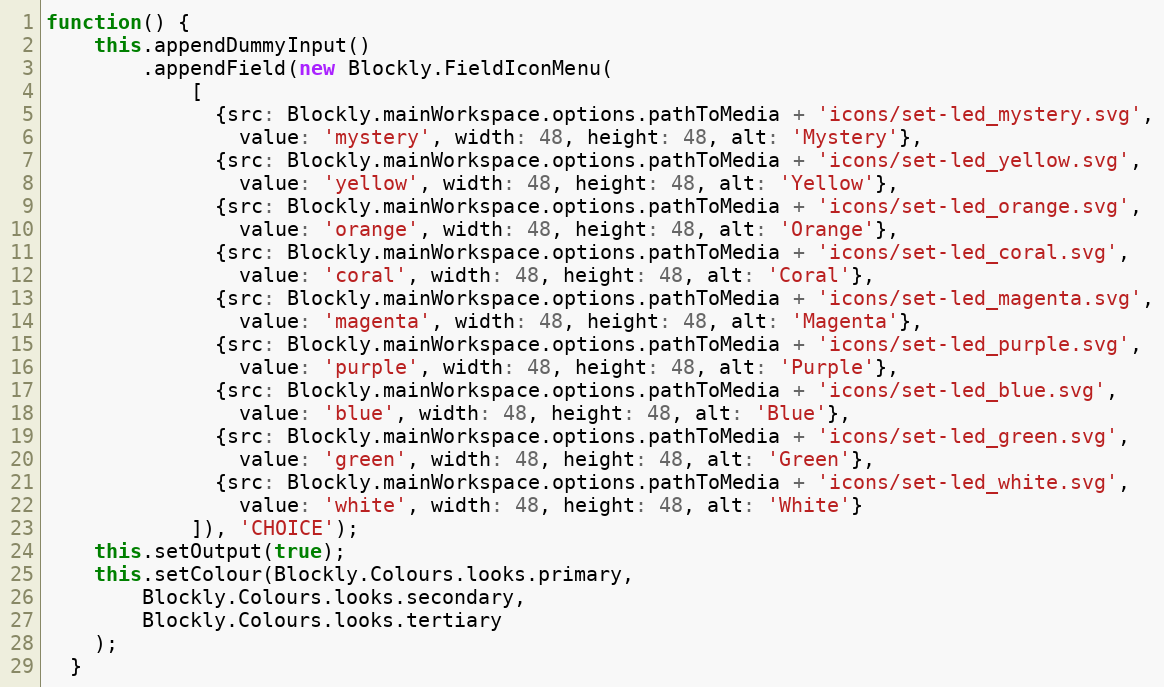
Language: JavaScript
function() {
    this.appendDummyInput()
        .appendField(new Blockly.FieldIconMenu(
            [
              {src: Blockly.mainWorkspace.options.pathToMedia + 'icons/set-led_mystery.svg',
                value: 'mystery', width: 48, height: 48, alt: 'Mystery'},
              {src: Blockly.mainWorkspace.options.pathToMedia + 'icons/set-led_yellow.svg',
                value: 'yellow', width: 48, height: 48, alt: 'Yellow'},
              {src: Blockly.mainWorkspace.options.pathToMedia + 'icons/set-led_orange.svg',
                value: 'orange', width: 48, height: 48, alt: 'Orange'},
              {src: Blockly.mainWorkspace.options.pathToMedia + 'icons/set-led_coral.svg',
                value: 'coral', width: 48, height: 48, alt: 'Coral'},
              {src: Blockly.mainWorkspace.options.pathToMedia + 'icons/set-led_magenta.svg',
                value: 'magenta', width: 48, height: 48, alt: 'Magenta'},
              {src: Blockly.mainWorkspace.options.pathToMedia + 'icons/set-led_purple.svg',
                value: 'purple', width: 48, height: 48, alt: 'Purple'},
              {src: Blockly.mainWorkspace.options.pathToMedia + 'icons/set-led_blue.svg',
                value: 'blue', width: 48, height: 48, alt: 'Blue'},
              {src: Blockly.mainWorkspace.options.pathToMedia + 'icons/set-led_green.svg',
                value: 'green', width: 48, height: 48, alt: 'Green'},
              {src: Blockly.mainWorkspace.options.pathToMedia + 'icons/set-led_white.svg',
                value: 'white', width: 48, height: 48, alt: 'White'}
            ]), 'CHOICE');
    this.setOutput(true);
    this.setColour(Blockly.Colours.looks.primary,
        Blockly.Colours.looks.secondary,
        Blockly.Colours.looks.tertiary
    );
  }